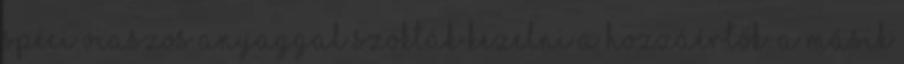
spéci viaszos anyaggal szokták kezelni a hozzáértők. A másik